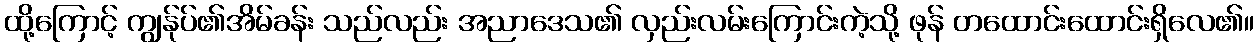
ထို့ကြောင့် ကျွန်ုပ်၏အိမ်ခန်း သည်လည်း အညာဒေသ၏ လှည်းလမ်းကြောင်းကဲ့သို့ ဖုန် တထောင်းထောင်းရှိလေ၏။